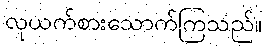
လုယက်စားသောက်ကြသည်။